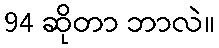
94 ဆိုတာ ဘာလဲ။